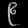
Digit: ၉